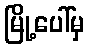
မြို့ပေါ်မှ